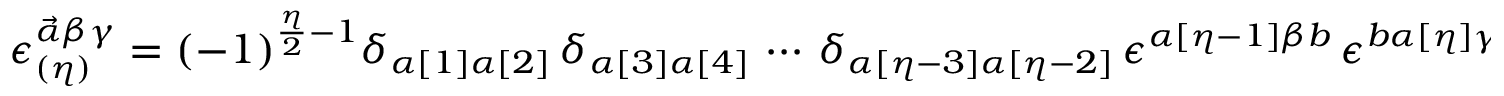
\epsilon _ { ( \eta ) } ^ { \vec { \alpha } \beta \gamma } = ( - 1 ) ^ { \frac { \eta } { 2 } - 1 } \delta _ { \alpha [ 1 ] \alpha [ 2 ] } \, \delta _ { \alpha [ 3 ] \alpha [ 4 ] } \, \cdots \, \delta _ { \alpha [ \eta - 3 ] \alpha [ \eta - 2 ] } \, \epsilon ^ { \alpha [ \eta - 1 ] \beta b } \, \epsilon ^ { b \alpha [ \eta ] \gamma } \;